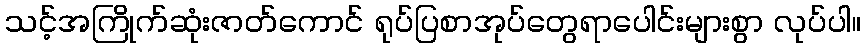
သင့်အကြိုက်ဆုံးဇာတ်ကောင် ရုပ်ပြစာအုပ်တွေရာပေါင်းများစွာ လုပ်ပါ။